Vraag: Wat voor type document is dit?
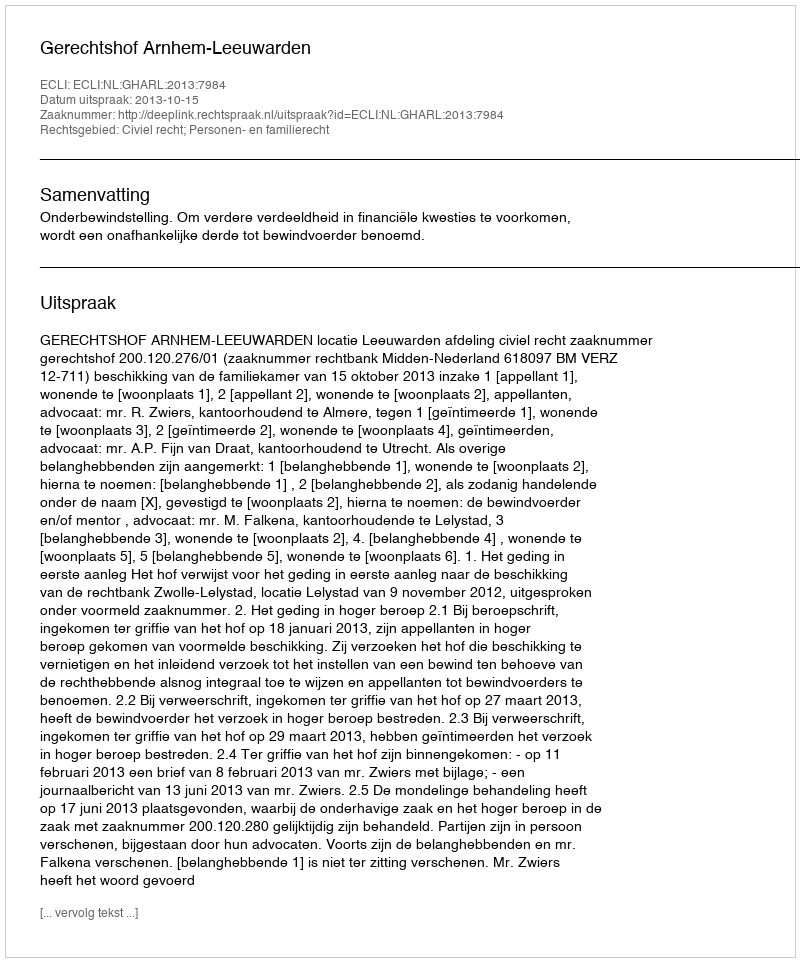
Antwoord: Uitspraak